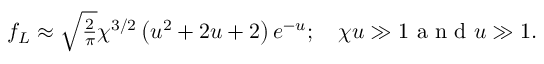
\begin{array} { r } { f _ { L } \approx \sqrt { \frac { 2 } { \pi } } \chi ^ { 3 / 2 } \left( u ^ { 2 } + 2 u + 2 \right) e ^ { - u } ; \quad \chi u \gg 1 \mathrm { ~ a ~ n ~ d ~ } u \gg 1 . } \end{array}